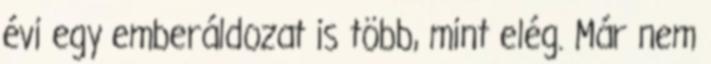
évi egy emberáldozat is több, mint elég. Már nem